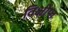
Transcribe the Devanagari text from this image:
विक्षीप्त